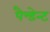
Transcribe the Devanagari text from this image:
पैन्डेन्ट